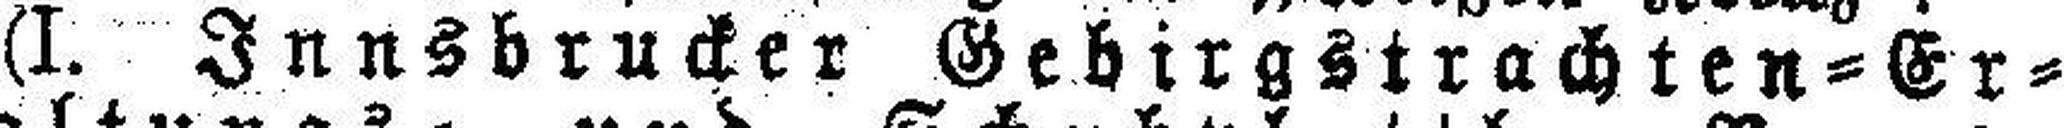
(I. Innsbrucker Gebirgstrachten=Er¬